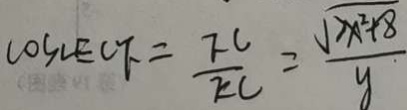
\cos \angle E C F = \frac { F C } { E C } = \frac { \sqrt { 2 x ^ { 2 } + 8 } } { y }